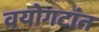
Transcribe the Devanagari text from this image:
वयोगटांत